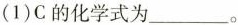
(1)C的化学式为___。